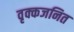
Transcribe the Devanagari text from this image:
वृक्कजनित